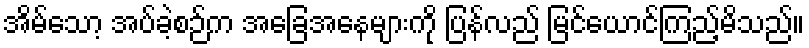
အိမ်သော့ အပ်ခဲ့စဉ်က အခြေအနေများကို ပြန်လည် မြင်ယောင်ကြည့်မိသည်။